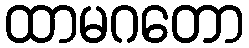
ထာမဂတော